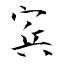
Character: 宾